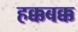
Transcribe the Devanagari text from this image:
हक्कबक्क